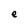
Character: e